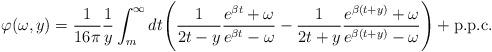
LaTeX: \begin{align*}\varphi(\omega,y)=\frac{1}{16\pi} \frac{1}{y}\int_m^\infty dt \Bigg(\frac{1}{2t-y}\frac{e^{\beta t}+\omega}{e^{\beta t}-\omega}-\frac{1}{2t+y}\frac{e^{\beta (t+y)}+\omega}{e^{\beta(t+y)}-\omega}\Bigg)+\hbox{p.p.c.}\end{align*}